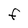
Character: F